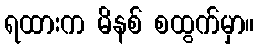
ရထားက မိနစ် စထွက်မှာ။